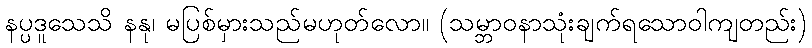
နပ္ပဒူသေသိ နနု၊ မပြစ်မှားသည်မဟုတ်လော။ (သမ္ဘာဝနာသုံးချက်ရသောဝါကျတည်း)